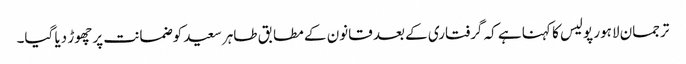
ترجمان لاہور پولیس کا کہنا ہے کہ گرفتاری کے بعد قانون کے مطابق طاہر سعید کوضمانت پر چھوڑ دیا گیا۔